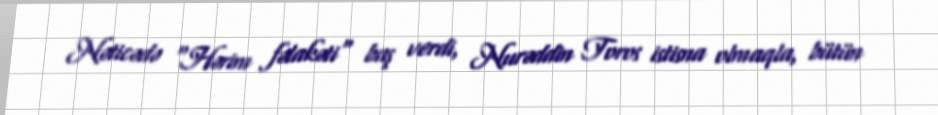
Nəticədə "Hərim fəlakəti" baş verdi, Nurəddin Toros istisna olmaqla, bütün